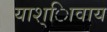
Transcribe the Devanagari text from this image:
याश्ािवाय